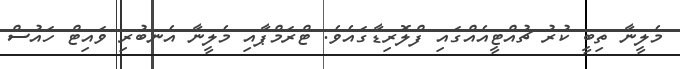
މެލީނާ ތިބީ ކުރު ޗުއްޓީއެއްގައި ފްލޮރިޑާގައެވެ. ޓްރަމްޕާއި މެލީނާ އެނބުރި ވައިޓް ހައުސް